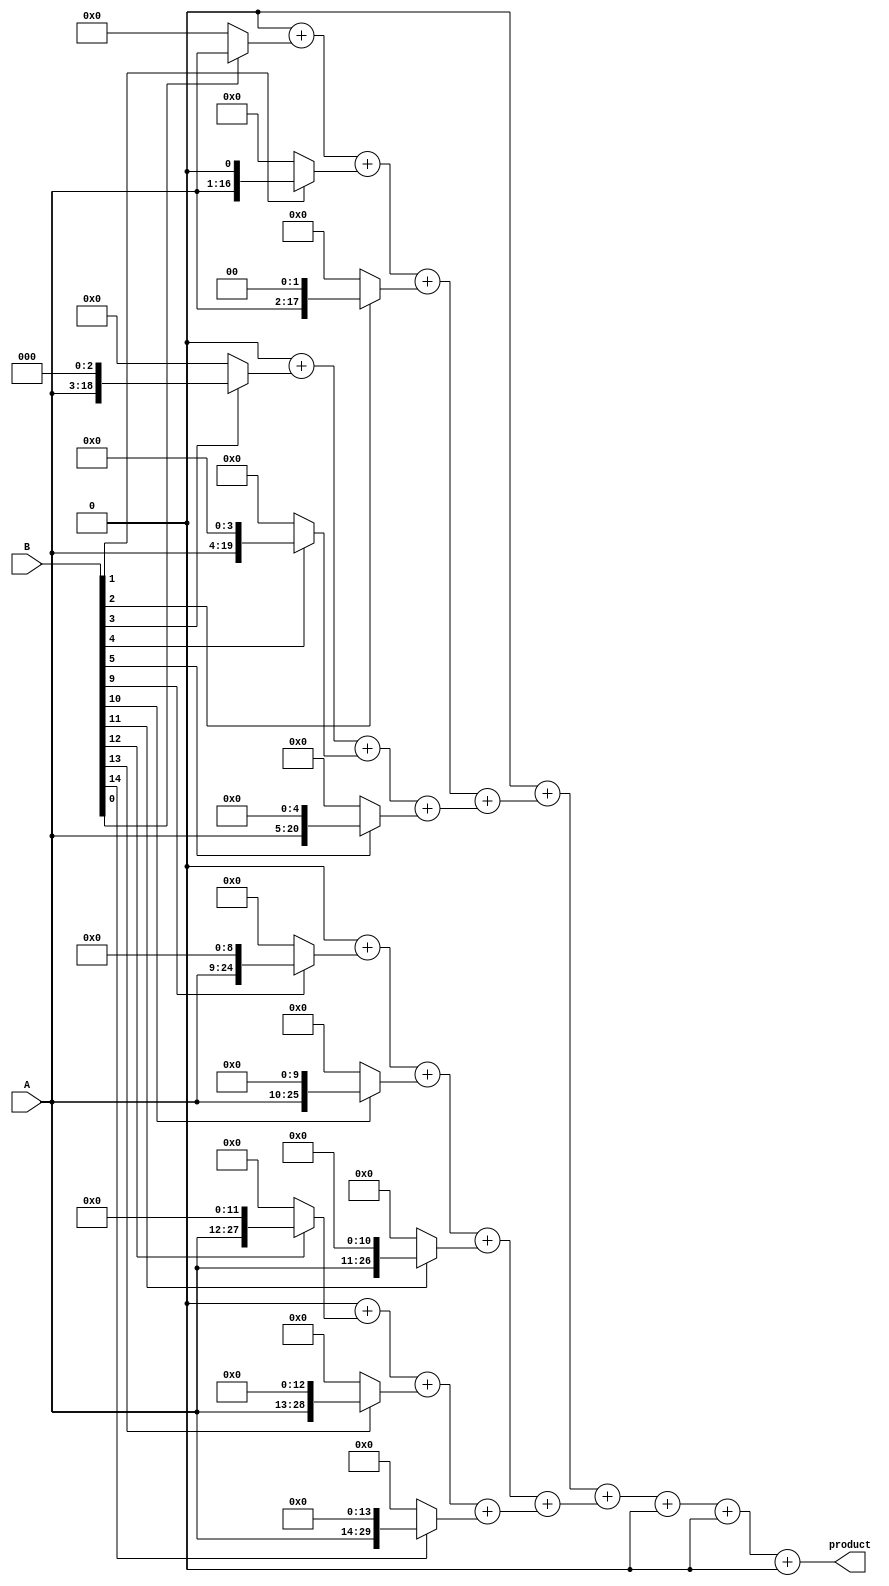
module variable_length_wallace_tree_multiplier #(parameter MAX_WIDTH = 16)(
    input [MAX_WIDTH-1:0] A, // Multiplicand
    input [MAX_WIDTH-1:0] B, // Multiplier
    output reg [2*MAX_WIDTH-1:0] product // Product output
);
    // Internal signals
    reg [2*MAX_WIDTH-1:0] partial_products[MAX_WIDTH-1:0];
    reg [2*MAX_WIDTH-1:0] sum_stage1[MAX_WIDTH-1:0];
    reg [2*MAX_WIDTH-1:0] carry_stage1[MAX_WIDTH-1:0];
    reg [2*MAX_WIDTH-1:0] sum_stage2[MAX_WIDTH-1:0];
    reg [2*MAX_WIDTH-1:0] carry_stage2[MAX_WIDTH-1:0];
    integer i, j;

    // Generate partial products
    always @(*) begin
        for (i = 0; i < MAX_WIDTH; i = i + 1) begin
            partial_products[i] = (B[i]) ? (A << i) : 0;
        end
    end

    // Wallace Tree Reduction Stage 1
    always @(*) begin
        for (i = 0; i < MAX_WIDTH; i = i + 1) begin
            sum_stage1[i] = 0;
            carry_stage1[i] = 0;
            for (j = 0; j < 3; j = j + 1) begin
                if (i*3 + j < MAX_WIDTH) begin
                    sum_stage1[i] = sum_stage1[i] + partial_products[i*3 + j];
                end
            end
            // Carry management could be added here
        end
    end

    // Wallace Tree Reduction Stage 2
    always @(*) begin
        for (i = 0; i < MAX_WIDTH/3; i = i + 1) begin
            sum_stage2[i] = sum_stage1[i*3] + sum_stage1[i*3 + 1];
            carry_stage2[i] = carry_stage1[i*3] + carry_stage1[i*3 + 1];
        end
    end

    // Final Addition
    always @(*) begin
        product = 0;
        for (i = 0; i < MAX_WIDTH/3; i = i + 1) begin
            product = product + sum_stage2[i];
        end
    end

endmodule